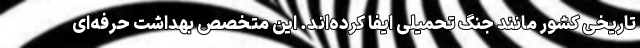
تاریخی کشور مانند جنگ تحمیلی ایفا کرده‌­اند. این متخصص بهداشت حرفه‌ای